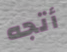
أتجه